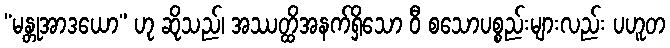
“မန္တုအာဒယော” ဟု ဆိုသည်၊ အဿတ္ထိအနက်ရှိသော ဝီ စသောပစ္စည်းများလည်း ပဟူတ